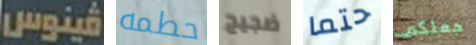
فينوس حطمه ضجيج حتما جعلكم